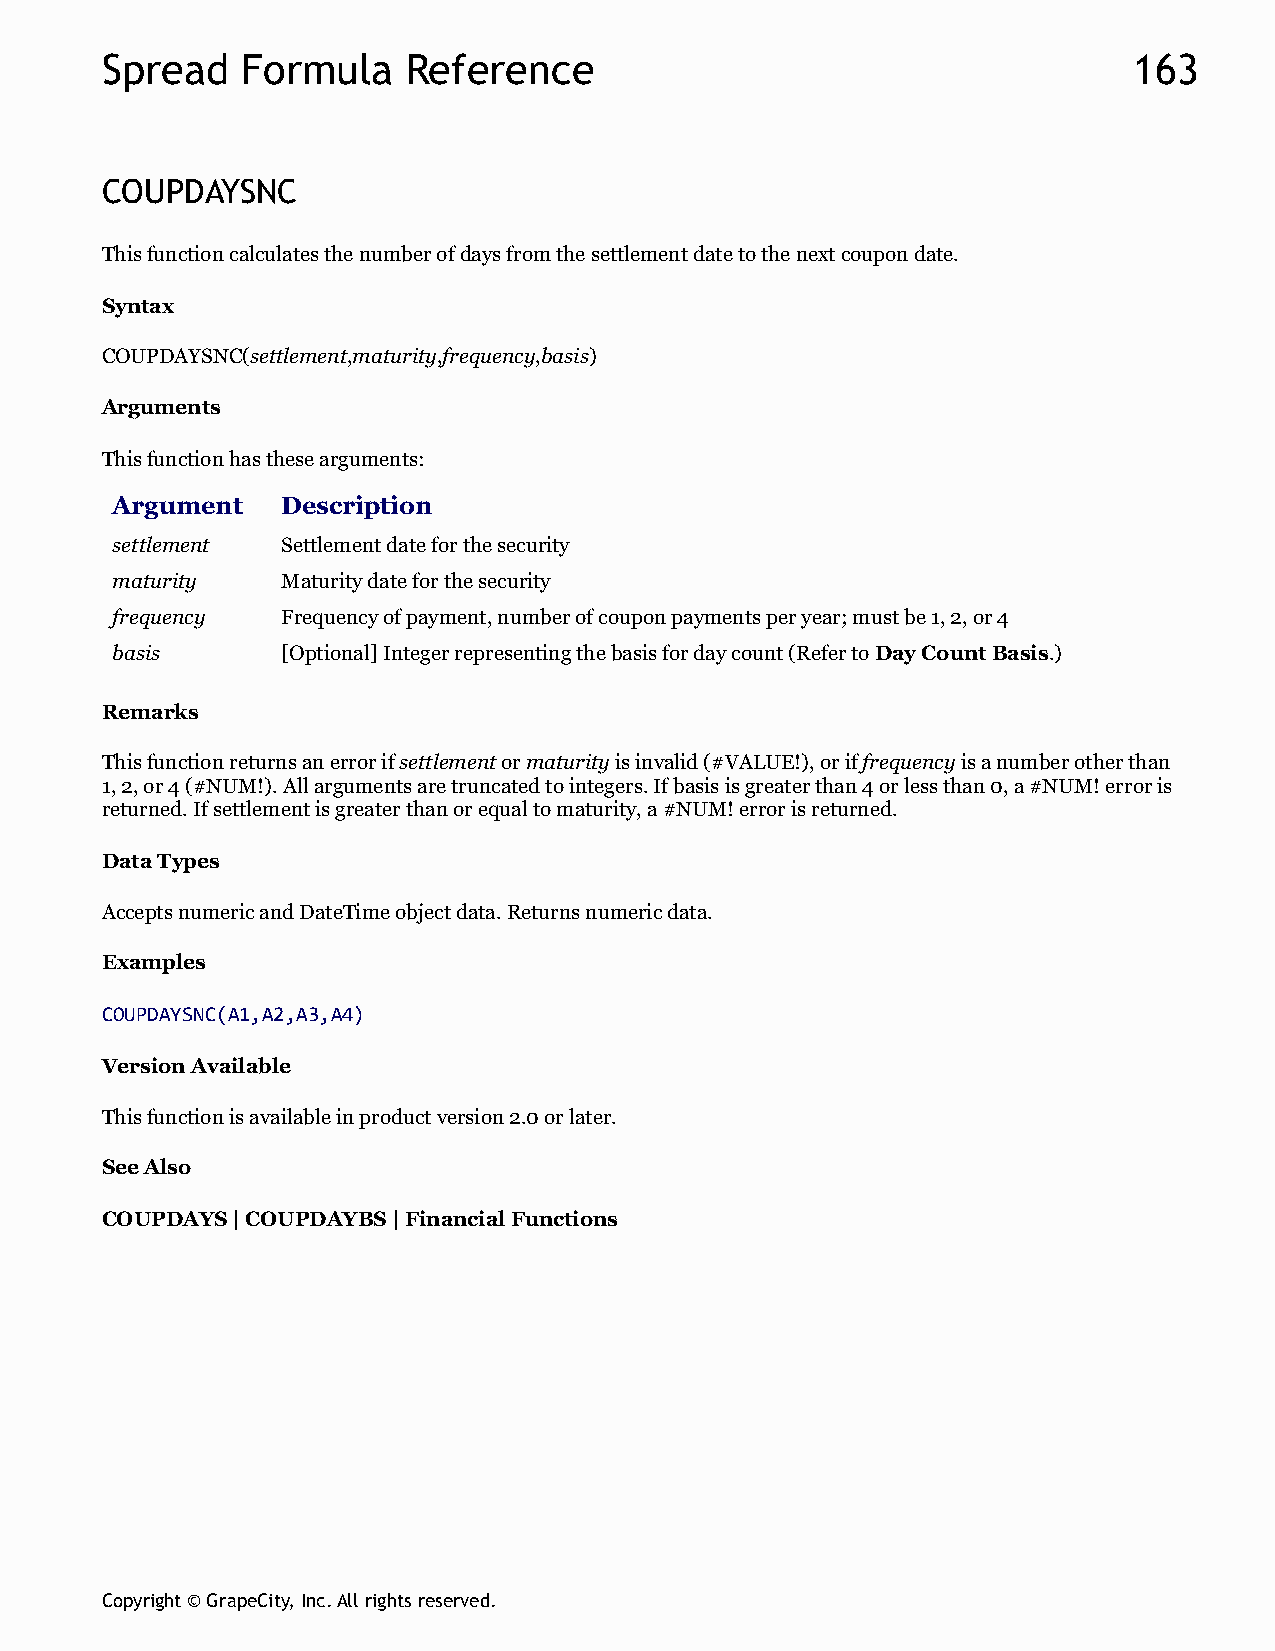
Spread   Formula    Reference                                       163
 COUPDAYSNC
 This function calculates the number of days from the settlement date to the next coupon date.
 Syntax
 COUPDAYSNC(settlement,maturity,frequency,basis)
 Arguments
 This function has these arguments:
 Argument    Description
 settlement  Settlement date for the security
 maturity    Maturity date for the security
 frequency   Frequency of payment, number of coupon payments per year; must be 1, 2, or 4
 basis       [Optional] Integer representing the basis for day count (Refer to Day Count Basis.)
 Remarks
 This function returns an error if settlement or maturity is invalid (#VALUE!), or if frequency is a number other than
 1, 2, or 4 (#NUM!). All arguments are truncated to integers. If basis is greater than 4 or less than 0, a #NUM! error is
 returned. If settlement is greater than or equal to maturity, a #NUM! error is returned.
 Data Types
 Accepts numeric and DateTime object data. Returns numeric data.
 Examples
 COUPDAYSNC(A1,A2,A3,A4)
 Version Available
 This function is available in product version 2.0 or later.
 See Also
 COUPDAYS | COUPDAYBS | Financial Functions
 Copyright © GrapeCity, Inc. All rights reserved.